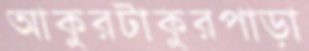
আকুরটাকুরপাড়া